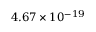
4 . 6 7 \times 1 0 ^ { - 1 9 }